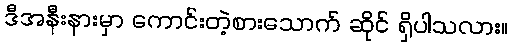
ဒီအနီးနားမှာ ကောင်းတဲ့စားသောက် ဆိုင် ရှိပါသလား။